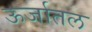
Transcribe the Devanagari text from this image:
ऊर्जातल